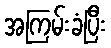
အကြမ်းခံပြီး